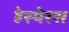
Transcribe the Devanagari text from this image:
हेस्पेरस